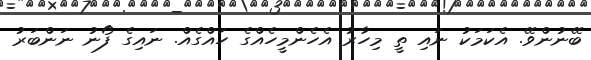
ބޭނުންވޭ. އެކަމަކު ނައި ތީ މިހާރު އެހެންމީހެއްގެ ހައްގެއް. ނައިގެ ފޯނު ނަންބަރު